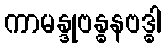
ကာမန္ဒုဗန္ဓနဗဒ္ဓါ